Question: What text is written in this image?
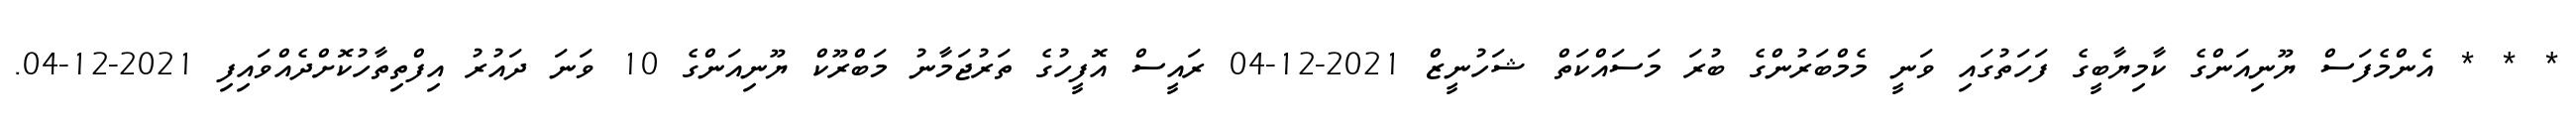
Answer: * * * އެންމެފަސް ޔޫނިއަންގެ ކާމިޔާބީގެ ފަހަތުގައި ވަނީ މެމްބަރުންގެ ބުރަ މަސައްކަތް ޝަހުނީޒް 2021-12-04 ރައީސް އޮފީހުގެ ތަރުޖަމާނު މަބްރޫކް ޔޫނިއަންގެ 10 ވަނަ ދައުރު އިފްތިތާހުކޮށްދެއްވައިފި 2021-12-04.